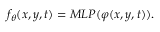
f _ { \theta } ( x , y , t ) = M L P ( \varphi ( x , y , t ) ) .